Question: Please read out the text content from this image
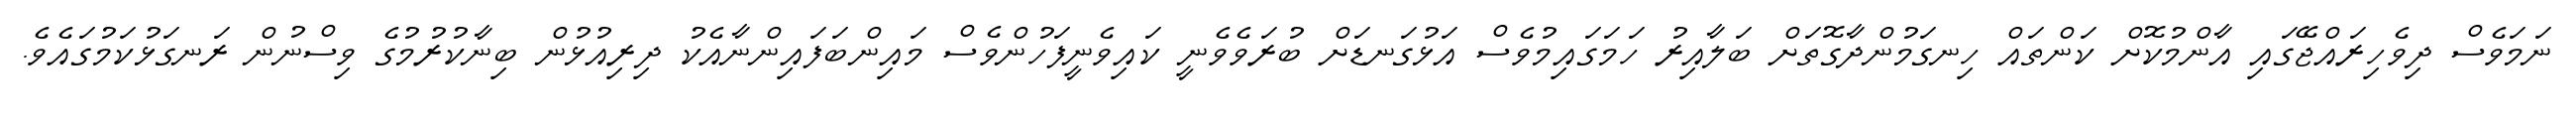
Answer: ނަމަވެސް ދިވެހިރައްޖޭގައި އާންމުކޮށް ކަންތައް ހިނގަމުންދާގޮތަށް ބަލާއިރު ހަމަގައިމުވެސް އަޅުގަނޑަށް ބުރަވެވެނީ ކައިވެނީފަހުންވެސް މައިންބަފައިންނާއެކު ދިރިއުޅުން ބިނާކުރުމުގެ ވިސްނުން ރަނގަޅުކަމުގައެވެ.